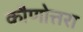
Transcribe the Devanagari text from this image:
कौणोत्तरा